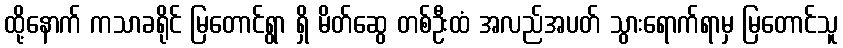
ထို့နောက် ကသာခရိုင် မြတောင်ရွာ ရှိ မိတ်ဆွေ တစ်ဦးထံ အလည်အပတ် သွားရောက်ရာမှ မြတောင်သူ